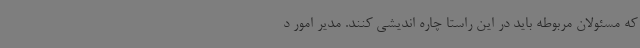
که مسئولان مربوطه باید در این راستا چاره اندیشی کنند. مدیر امور د